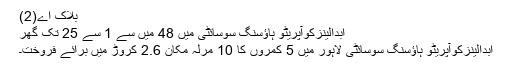
بلاک اے(2)
ابدالینزکوآپریٹو ہاؤسنگ سوسائٹی میں 48 میں سے 1 سے 25 تک گھر
ابدالینزکوآپریٹو ہاؤسنگ سوسائٹی لاہور میں 5 کمروں کا 10 مرلہ مکان 2.6 کروڑ میں برائے فروخت۔